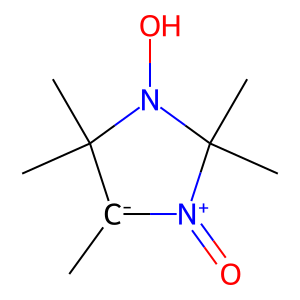
SMILES: C[C-]1[N+](=O)C(C)(C)N(O)C1(C)C
Inhibits HIV replication: No